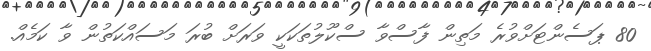
80 ޕަސެންޓަށްވުރެ މަތިން ފާސްވާ ސްކޫލުތަކަކީ ވަރަށް ބުރަ މަސައްކަތުން ވާ ކަމެއް.